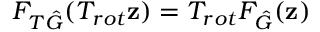
F _ { T \hat { G } } ( T _ { r o t } \mathbf { z } ) = T _ { r o t } F _ { \hat { G } } ( \mathbf { z } )